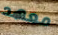
معهد